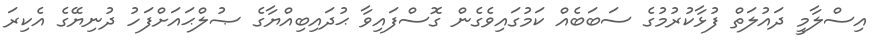
އިސްލާމީ ދައުލަތް ފުޅާކުރުމުގެ ސަބަބެއް ކަމުގައިވެގެން ގޮސްފައިވާ ޙުދައިބިއްޔާގެ ޞުލްޙައަށްފަހު ދުނިޔޭގެ އެކިރަ